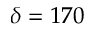
\delta = 1 7 0